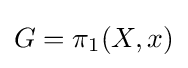
G=\pi _{1}(X,x)